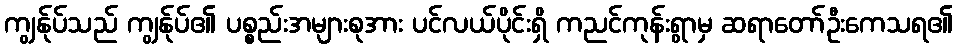
ကျွန်ုပ်သည် ကျွန်ုပ်၏ ပစ္စည်းအများစုအား ပင်လယ်ပိုင်းရှိ ကညင်ကုန်းရွာမှ ဆရာတော်ဦးကေသရ၏